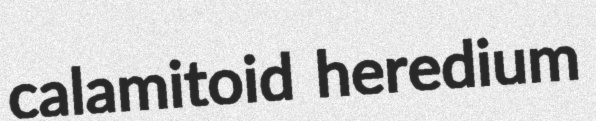
calamitoid heredium